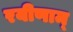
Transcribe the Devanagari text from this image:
रयीणाम्